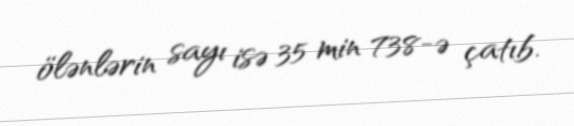
ölənlərin sayı isə 35 min 738-ə çatıb.